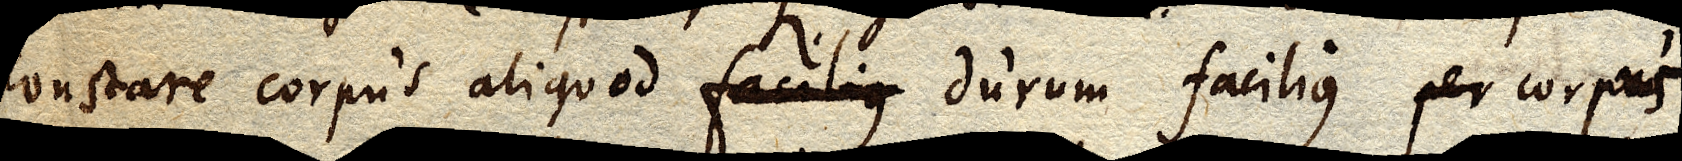
constare corpus aliquod facilius durum facilius per corpus